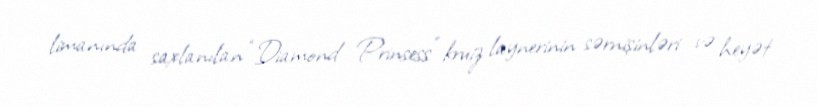
limanında saxlanılan “Diamond Prinsess” kruiz laynerinin sərnişinləri və heyət